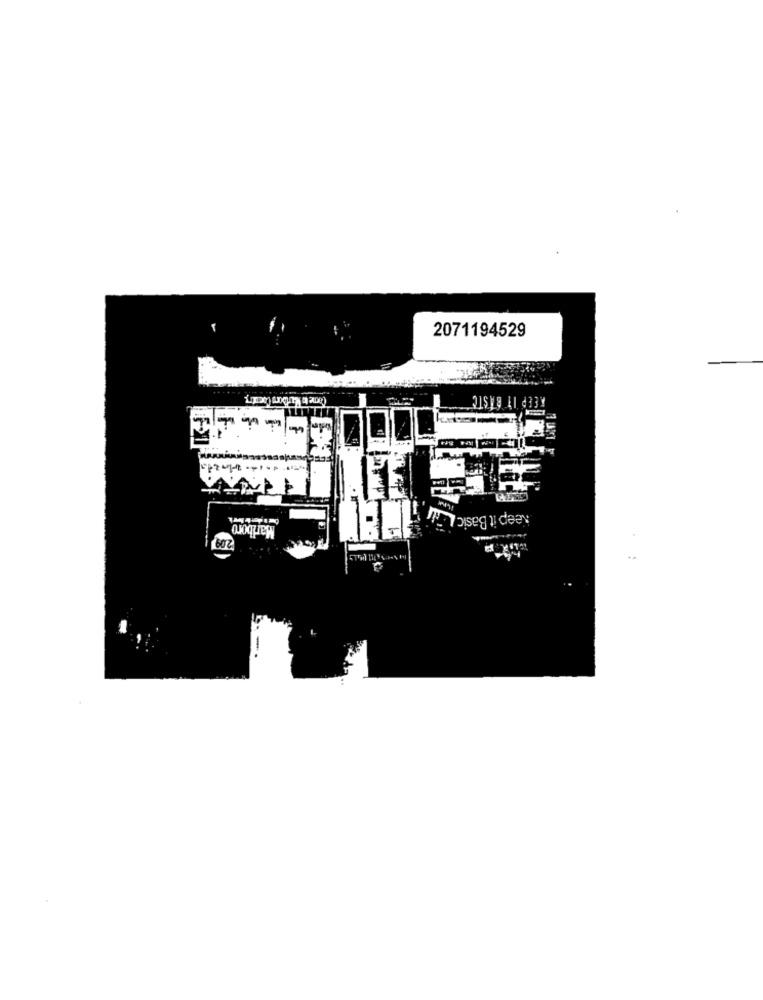
2071194529
PIT BISTC
Keep it Basic
Marlboro
602